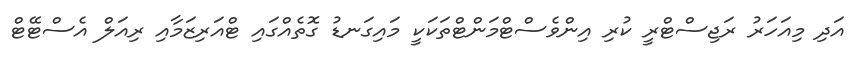
އަދި މިއަހަރު ރަޖިސްޓްރީ ކުރި އިންވެސްޓްމަންޓްތަކަކީ މައިގަނޑު ގޮތެއްގައި ޓްއަރިޒަމާއި ރިއަލް އެސްޓޭޓް